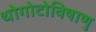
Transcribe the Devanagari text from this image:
थोगोटोविषाणु